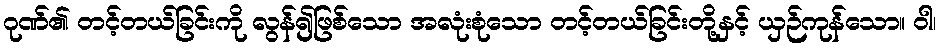
ဂုဏ်၏ တင့်တယ်ခြင်းကို လွန်၍ဖြစ်သော အလုံးစုံသော တင့်တယ်ခြင်းတို့နှင့် ယှဉ်ကုန်သော။ ဝါ၊